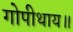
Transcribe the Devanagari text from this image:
गोपीथाय॥